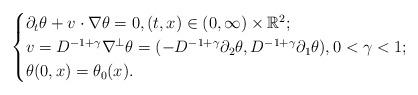
LaTeX: \begin{align*}\begin{cases}\partial_t \theta + v \cdot \nabla \theta =0, (t,x) \in (0,\infty) \times \mathbb R^2;\\v = D^{-1+\gamma} \nabla^{\perp} \theta=(-D^{-1+\gamma} \partial_2 \theta,D^{-1+\gamma} \partial_1 \theta), 0<\gamma<1;\\\theta(0,x)= \theta_0(x).\end{cases}\end{align*}